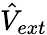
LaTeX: \hat{V}_{ext}